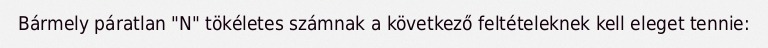
Bármely páratlan "N" tökéletes számnak a következő feltételeknek kell eleget tennie: